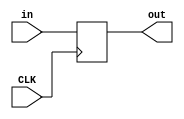
`timescale 1ns / 1ps
//////////////////////////////////////////////////////////////////////////////////
// Company: 
// Engineer: 
// 
// Design Name: 
// Module Name:    DataDelay 
// Project Name: 
// Target Devices: 
// Tool versions: 
// Description: 
//
// Dependencies: 
//
// Revision: 
// Revision 0.01 - File Created
// Additional Comments: 
//
//////////////////////////////////////////////////////////////////////////////////
module DataDelay(CLK, in, out);
	input wire CLK;
	input wire [31:0] in;
	output reg [31:0] out;
	
	initial begin
		out = 0;
	end
	
	always @(posedge CLK) begin
		out <= in;
	end

endmodule